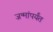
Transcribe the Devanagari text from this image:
जन्मांपर्यंत